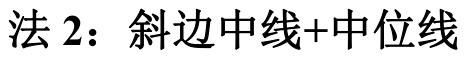
法 2：斜边中线+中位线